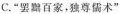
C.“罢黯百家，独尊儒术”